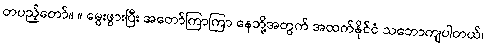
တပည့်တော်။ ။ မွေးဖွားပြီး အတော်ကြာကြာ နေဘို့အတွက် အထက်နိုင်ငံ သဘောကျပါတယ်၊